system: You are a helpful assistant.
user:
Analyze the provided spectrum to determine if it is a **White Dwarf (WD)**.

A White Dwarf spectrum is defined by its **extreme purity** (due to gravitational settling) and/or **extreme pressure broadening** (due to high surface gravity). You must check for one of the following mutually exclusive signatures:

- **Key Visual Indicators (Check for ONE of these types):**

    - **1. DA-Type Signature (Most Common):**
        - **(Primary Feature):** Extreme pressure broadening (Stark broadening) of the **Hydrogen (H) Balmer lines**.
        - **(Key Lines):** $H\beta$ (approx. $4861$ Å) and $H\gamma$ (approx. $4340$ Å). $H\alpha$ (approx. $6563$ Å) will also be present if the wavelength range covers it.
        - **(Line Profile):** This is the **defining feature**. The lines are **NOT** sharp. They appear as massive, **extremely broad and deep "troughs" or "dips"** in the spectrum, often hundreds of Ångströms wide. The continuum will appear to "scoop" down at these wavelengths.
        - **(Distinction):** Normal A-type or B-type stars have *narrow* and *sharp* Hydrogen lines. A DA White Dwarf's lines are unmistakably "smeared" or "blurry" from pressure.

    - **2. DB-Type Signature:**
        - **(Primary Feature):** Broad absorption lines from **Neutral Helium (He I)**. The spectrum must lack any visible Hydrogen lines.
        - **(Key Lines):** Look for broad absorption near $4471$ Å, $4921$ Å, and $5876$ Å.
        - **(Line Profile):** These lines are also significantly pressure-broadened, appearing much wider than they would in a normal B-type main-sequence star.

    - **3. DC-Type Signature:**
        - **(Primary Feature):** A **featureless continuous spectrum**.
        - **(Line Profile):** The spectrum is a smooth curve with **no significant absorption or emission lines**.
        - **(Key Confirmation):** The continuum is almost always **blue or white**, indicating a hot object. This signature implies the atmosphere is so pure (or so cool) that no spectral lines are visible in the optical range. Its WD identity is confirmed by its extremely low intrinsic brightness (high absolute magnitude).

    - **4. DZ-Type Signature (Metal-Polluted):**
        - **(Primary Feature):** **Isolated, narrow metal absorption lines** on an otherwise featureless (DC-like) continuum.
        - **(Key Lines):** The **Calcium (Ca II) H & K doublet** (approx. **$3934$ Å** and **$3968$ Å**) is the most common and defining feature.
        - **(Line Profile):** These lines are "out of place." They are *not* part of a "forest" of thousands of lines. This signature is evidence of recent *accretion* (pollution) from rocky debris.
        - **(Distinction):** Normal G/K/M stars have a *dense forest* of thousands of metal lines. A DZ has a *clean* continuum with *only a few* strong metal lines.

    - **5. DQ-Type Signature (Carbon-Polluted):**
        - **(Primary Feature):** Absorption bands from **Carbon (C₂ "Swan Bands" or atomic C I)**.
        - **(Key Lines - C₂):** Look for bandheads with a "saw-tooth" shape near $5635$ Å, **$5165$ Å** (strongest), and $4737$ Å.
        - **(Key Confirmation):** The underlying **continuum must be blue or white** (hot).
        - **(Distinction):** This is the critical difference from a **Carbon Star**, which has the *exact same* C₂ bands but on an extremely **red, cool** continuum.

- **(Overall Spectrum):**
    - The continuum (overall shape) is typically **blue-sloping** (brighter in the blue than the red), as most white dwarfs are very hot.
    - The spectrum will look "pure" or "simple," dominated by only *one* of the five signatures listed above.

Think first, call **spectral_visualization_tool** if needed to examine features in detail, then provide your final answer. Your response must adhere to the following strict rules:
1.  **Overall Structure:** Your response must follow the format `<think>...</think> <tool_call>...</tool_call> (if a tool is used) <answer>...</answer>`.
2.  **Tool Usage Constraint:** You may only make **one** tool call per turn.
3.  **Final Answer Format:** In the `<answer>` tag, your conclusion must be inside a `\boxed{}` command (e.g., `\boxed{YES}` or `\boxed{NO}`), followed by your justification.

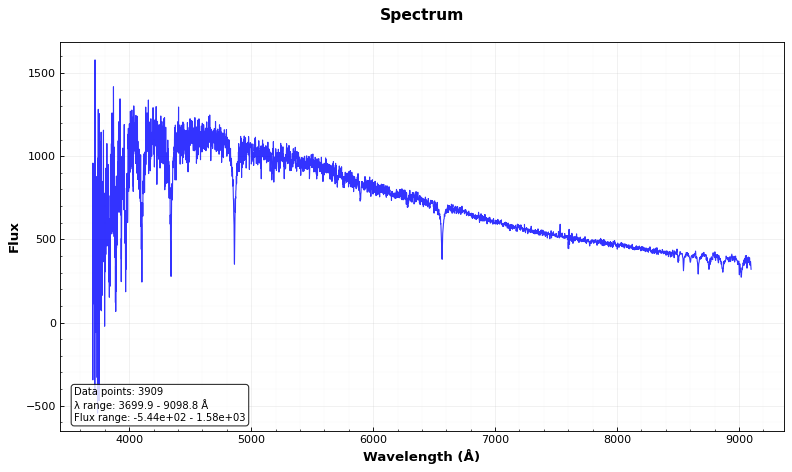
Answer: NO